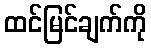
ထင်မြင်ချက်ကို